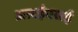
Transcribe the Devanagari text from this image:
आरईएसई